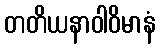
တတိယနာဝါဝိမာနံ